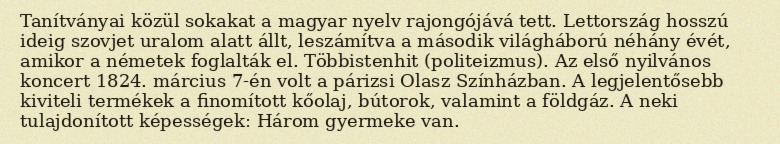
Tanítványai közül sokakat a magyar nyelv rajongójává tett. Lettország hosszú ideig szovjet uralom alatt állt, leszámítva a második világháború néhány évét, amikor a németek foglalták el. Többistenhit (politeizmus). Az első nyilvános koncert 1824. március 7-én volt a párizsi Olasz Színházban. A legjelentősebb kiviteli termékek a finomított kőolaj, bútorok, valamint a földgáz. A neki tulajdonított képességek: Három gyermeke van.